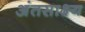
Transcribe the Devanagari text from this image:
अंतसाक्ष्य